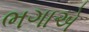
ભગાએ